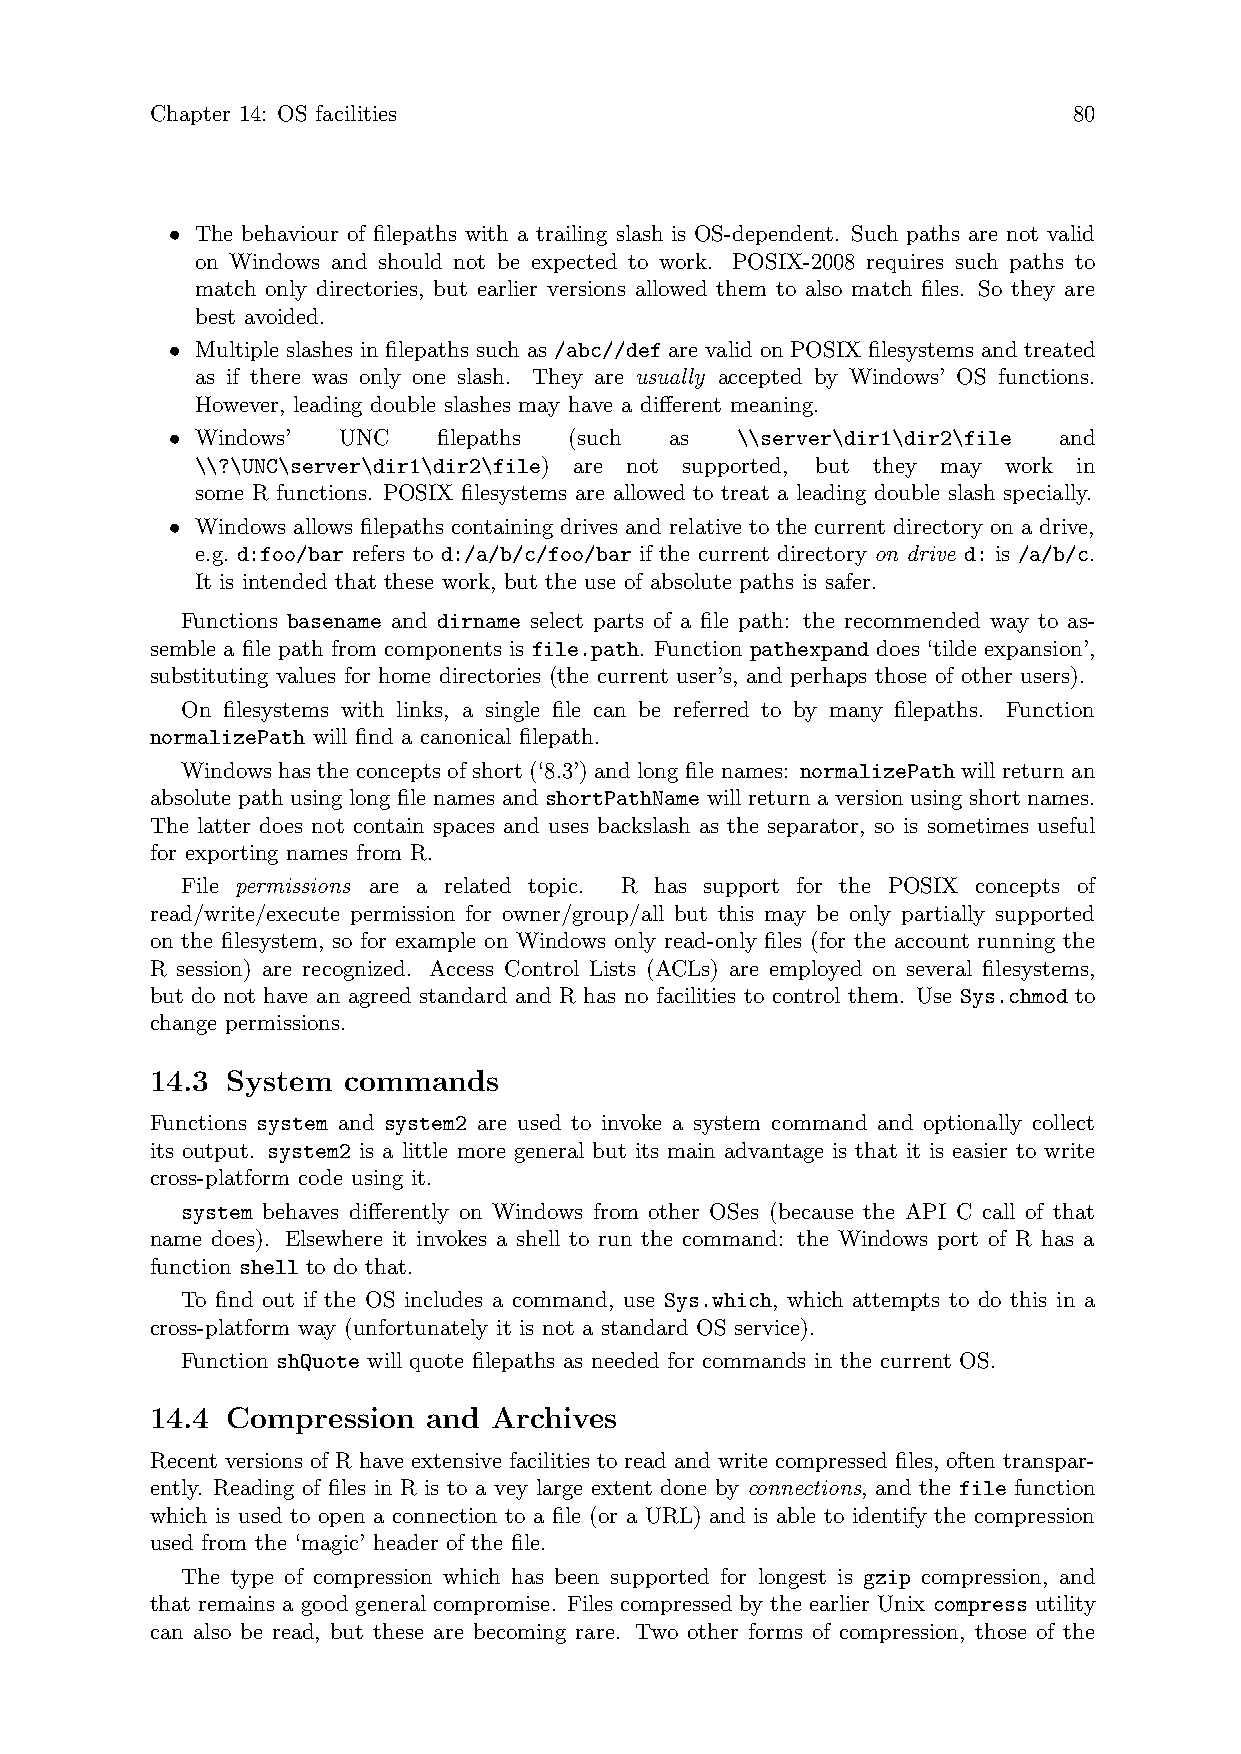
Chapter 14: OS facilities                                    80
 • The behaviour of filepaths with a trailing slash is OS-dependent. Such paths are not valid
 on Windows and should not be expected to work. POSIX-2008 requires such paths to
 match only directories, but earlier versions allowed them to also match files. So they are
 best avoided.
 • Multiple slashes in filepaths such as /abc//def are valid on POSIX filesystems and treated
 as if there was only one slash. They are usually accepted by Windows’ OS functions.
 However, leading double slashes may have a different meaning.
 • Windows’ UNC    filepaths (such as  \\server\dir1\dir2\file and
 \\?\UNC\server\dir1\dir2\file) are not supported, but they may work in
 some R functions. POSIX filesystems are allowed to treat a leading double slash specially.
 • Windows allows filepaths containing drives and relative to the current directory on a drive,
 e.g. d:foo/bar refers to d:/a/b/c/foo/bar if the current directory on drive d: is /a/b/c.
 It is intended that these work, but the use of absolute paths is safer.
 Functions basename and dirname select parts of a file path: the recommended way to as-
 semble a file path from components is file.path. Function pathexpand does ‘tilde expansion’,
 substituting values for home directories (the current user’s, and perhaps those of other users).
 On filesystems with links, a single file can be referred to by many filepaths. Function
 normalizePath will find a canonical filepath.
 Windows has the concepts of short (‘8.3’) and long file names: normalizePath will return an
 absolute path using long file names and shortPathName will return a version using short names.
 The latter does not contain spaces and uses backslash as the separator, so is sometimes useful
 for exporting names from R.
 File permissions are a related topic. R has support for the POSIX concepts of
 read/write/execute permission for owner/group/all but this may be only partially supported
 on the filesystem, so for example on Windows only read-only files (for the account running the
 R session) are recognized. Access Control Lists (ACLs) are employed on several filesystems,
 but do not have an agreed standard and R has no facilities to control them. Use Sys.chmod to
 change permissions.
 14.3 System  commands
 Functions system and system2 are used to invoke a system command and optionally collect
 its output. system2 is a little more general but its main advantage is that it is easier to write
 cross-platform code using it.
 system behaves differently on Windows from other OSes (because the API C call of that
 name does). Elsewhere it invokes a shell to run the command: the Windows port of R has a
 function shell to do that.
 To find out if the OS includes a command, use Sys.which, which attempts to do this in a
 cross-platform way (unfortunately it is not a standard OS service).
 Function shQuote will quote filepaths as needed for commands in the current OS.
 14.4 Compression  and  Archives
 Recent versions of R have extensive facilities to read and write compressed files, often transpar-
 ently. Reading of files in R is to a vey large extent done by connections, and the file function
 which is used to open a connection to a file (or a URL) and is able to identify the compression
 used from the ‘magic’ header of the file.
 The type of compression which has been supported for longest is gzip compression, and
 that remains a good general compromise. Files compressed by the earlier Unix compress utility
 can also be read, but these are becoming rare. Two other forms of compression, those of the